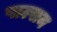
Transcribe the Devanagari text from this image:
पाल्सम